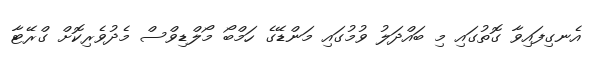
އެނގިފައިވާ ގޮތުގައި މި ބައްދަލު ވުމުގައި މަންޑޭގެ ހަމްބޯ މޯލްޑިވްސް މެދުވެރިކޮށް ގްރޭޓާ